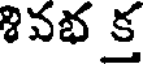
శివభ క్త